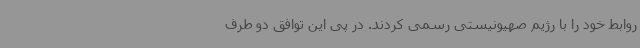
روابط خود را با رژیم صهیونیستی رسمی کردند. در پی این توافق دو طرف